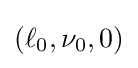
(\ell _{0},\nu _{0},0)